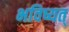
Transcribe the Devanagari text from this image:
भविष्यत्‌